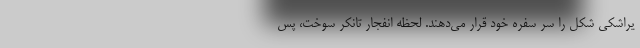
یراشکی شکل را سر سفره خود قرار می‌دهند. لحظه انفجار تانکر سوخت، پس